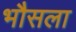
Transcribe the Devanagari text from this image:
भौसला